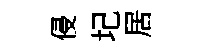
侵圮居